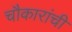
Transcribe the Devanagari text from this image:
चौकारांची